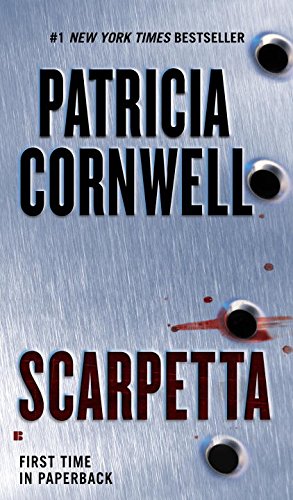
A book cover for Scarpetta: Scarpetta (Book 16); Patricia Cornwell; Mystery, Thriller & Suspense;